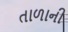
તાળાની